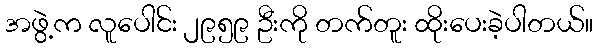
အဖွဲ့က လူပေါင်း ၂၉၅၉ ဦးကို တက်တူး ထိုးပေးခဲ့ပါတယ်။